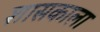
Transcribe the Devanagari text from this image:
शासकाला